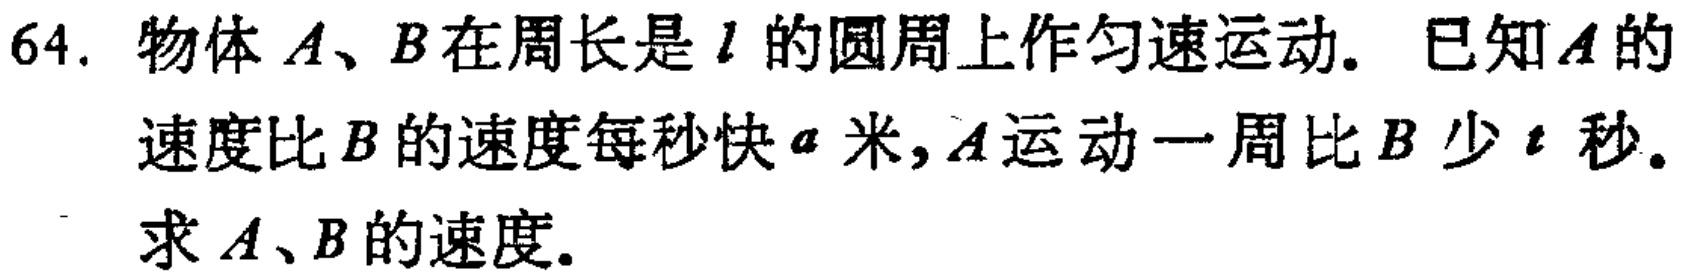
64. 物体\(A、B\)在周长是\(l\)的圆周上作匀速运动. 已知\(A\)的速度比\(B\)的速度每秒快\(a\)米，\(A\)运动一周比\(B\)少\(t\)秒. 求\(A、B\)的速度.